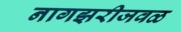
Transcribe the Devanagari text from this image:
नागझरीजवळ